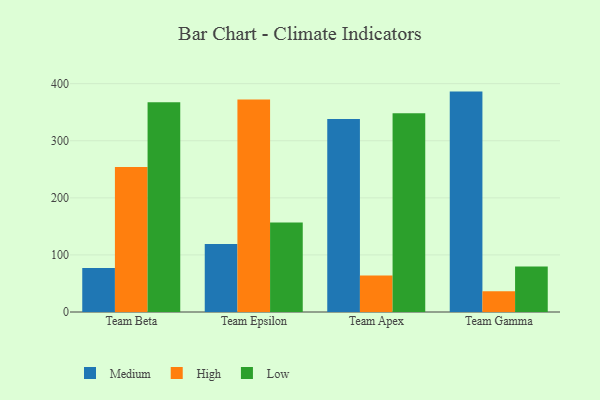
{"axis": {"x": "Team", "y": "Satisfaction Score"}, "legend": ["High", "Low", "Medium"], "data": [{"x": "Team Beta", "y": 77.2, "type": "Medium"}, {"x": "Team Beta", "y": 253.8, "type": "High"}, {"x": "Team Beta", "y": 367.4, "type": "Low"}, {"x": "Team Epsilon", "y": 119.2, "type": "Medium"}, {"x": "Team Epsilon", "y": 372.4, "type": "High"}, {"x": "Team Epsilon", "y": 156.9, "type": "Low"}, {"x": "Team Apex", "y": 338.0, "type": "Medium"}, {"x": "Team Apex", "y": 64.1, "type": "High"}, {"x": "Team Apex", "y": 348.1, "type": "Low"}, {"x": "Team Gamma", "y": 386.1, "type": "Medium"}, {"x": "Team Gamma", "y": 36.2, "type": "High"}, {"x": "Team Gamma", "y": 79.5, "type": "Low"}]}